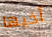
أخيها